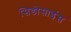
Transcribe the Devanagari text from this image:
सिडोसाइंस